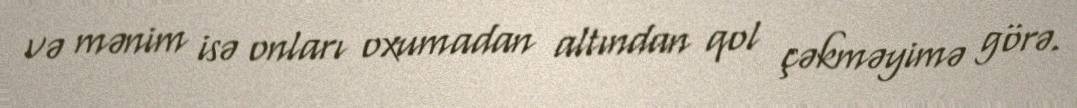
və mənim isə onları oxumadan altından qol çəkməyimə görə.